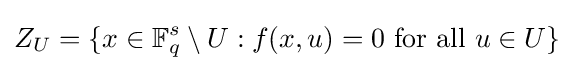
Z_{U}=\{x\in \mathbb {F} _{q}^{s}\setminus U:f(x,u)=0{\text{ for all }}u\in U\}